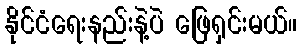
နိုင်ငံရေးနည်းနဲ့ပဲ ဖြေရှင်းမယ်။